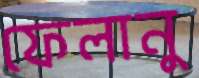
ফেলানু